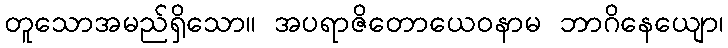
တူသောအမည်ရှိသော။ အပရာဇိတောယေဝနာမ ဘာဂိနေယျော၊